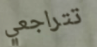
تتراجعي